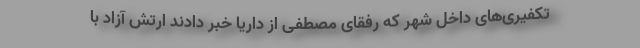
تکفیری‌های داخل شهر که رفقای مصطفی از داریا خبر دادند ارتش آزاد با